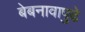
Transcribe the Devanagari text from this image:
बेबनावापुढे